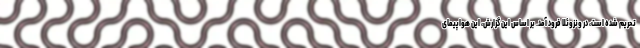
تحریم شده است، در ونزوئلا فرود آمد. بر اساس این گزارش، این هواپیمای